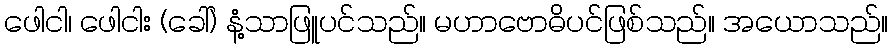
ဖေါငါ၊ ဖေါငါး (ခေါ်) နံ့သာဖြူပင်သည်။ မဟာဗောဓိပင်ဖြစ်သည်။ အယောသည်။